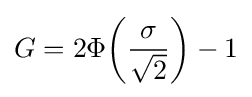
G=2\Phi {\left({\frac {\sigma }{\sqrt {2}}}\right)}-1